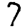
Digit: 7